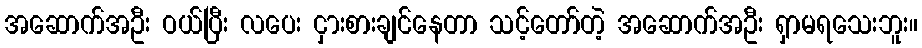
အဆောက်အဦး ဝယ်ပြီး လပေး ငှားစားချင်နေတာ သင့်တော်တဲ့ အဆောက်အဦး ရှာမရသေးဘူး။